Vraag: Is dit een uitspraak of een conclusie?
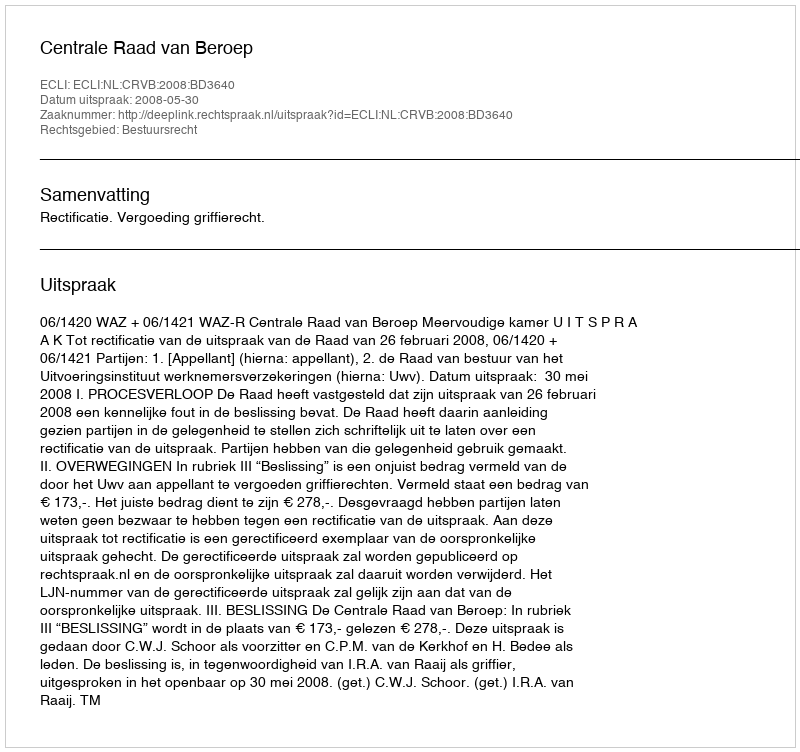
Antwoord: Uitspraak